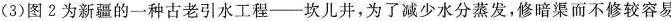
(3)图2为新疆的一种古老引水工程——坎儿井，为了减少水分蒸发，修暗渠而不修较容易